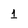
Character: 1